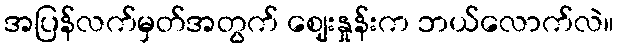
အပြန်လက်မှတ်အတွက် ဈေးနှုန်းက ဘယ်လောက်လဲ။